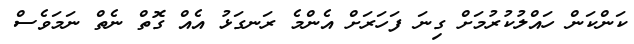
ކަންކަން ހައްލުކުރުމަށް ގިނަ ފަހަރަށް އެންމެ ރަނގަޅު އެއް ގޮތް ނެތް ނަމަވެސް